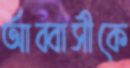
আব্বাসীকে